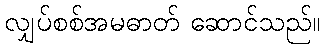
လျှပ်စစ်အမဓာတ် ဆောင်သည်။